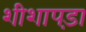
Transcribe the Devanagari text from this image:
शीशापड़ा